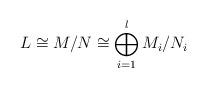
LaTeX: \begin{align*}L \cong M/N \cong \bigoplus_{i=1}^l M_i/N_i \end{align*}